Vaccination in Burma 1912-1922 - 1912-1922
Year: 1912
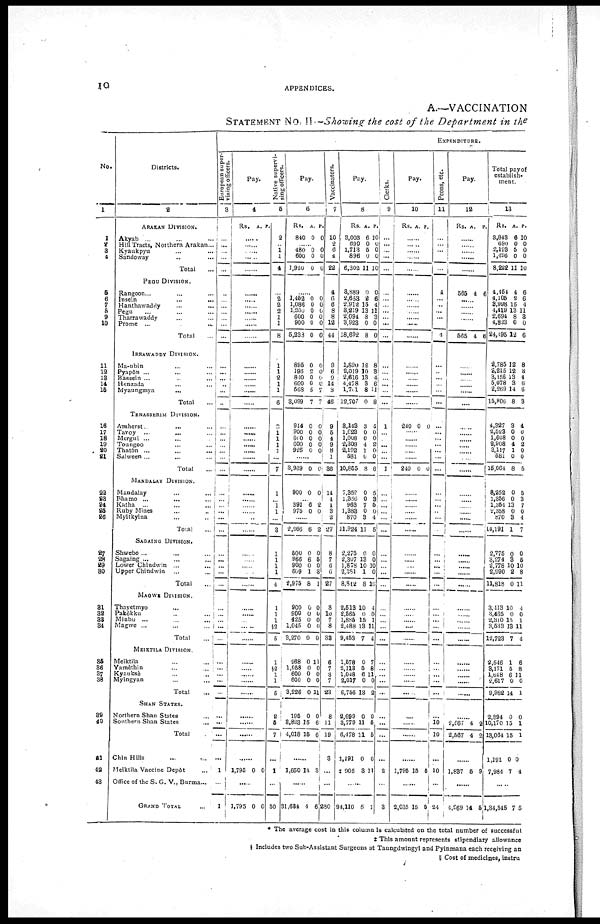
10
APPENDICES.
A.—VACCINATION
STATEMENT No. II—Showing the cost of the Department in the
No.
1
1
2
3 4
5
6
7
8
9 10
11
12
13
14
15
18
17
18
19
20
21
22
23
24
26
26
27
28
29
30
31
32
33
34
35
36
37
33
39
40
41
42
43
Districts.
2
ARAKAN DIVISION.
Akyab... ... ...
Hill Tract, Northern Arakan... ...
Kyaukyu... ... ...
Sandoway... ... ...
Total...
PEGU DIVISION.
Rangoon... ... ... ...
Insein... ... ...
Hanthawaddy...
...
...
Pegu... ... ...
Tharrawaddy... ... ...
Prome ... ... ...
Total...
IRRAWADDY DIVISION.
Ma-ubin... ... ...
Paypôn... ... ...
Bassein... ... ...
Henzada... ... ...
Myaungmya... ... ...
Total...
TENASSERIM DIVISION.
Amherst... ... ...
Tavoy...
...
...
Mergui... ... ...
Toungoo... ... ...
Thatôn ... ... ...
Salween ... ... ... ...
Total... ...
MANDALAY DIVISION.
Mandalay... ... ...
Bhamo... ... ...
Katha... ... ...
Ruby Mines... ...
Myitkyina... ...
Total...
SAGAING DIVISION.
Shwebo ... ... ...
Sagaing ... ... ...
Lower Chindwin ...
Upper Chindwin ...
Total...
MAGWE DIVISION.
Thayetmyo... ...
Pakôkku... ...
Minbu ... ... ...
Magwe ... ... ...
Total...
MEIKTILA DIVISION.
Meiktila... ... ...
Yamèthin... ... ...
Kyauksè... ... ...
Myingyan... ... ...
Total...
SHAN STATES.
Northern Shan States... ...
Southern Shan States... ...
Total...
Chin Hills... ...
Meiktila Vaccine Depôt... ...
Office of the S. G. V., Burma...
GRAND TOTAL...
EXPENDITURE.
European super-
vising officers.
3
...
...
...
...
...
...
...
...
...
...
...
...
...
...
...
...
...
...
...
...
...
...
...
...
...
...
...
...
...
...
...
...
...
...
...
...
...
...
...
...
...
...
...
...
...
...
...
...
...
...
1
...
...
Pay.
4
Rs. A. P.
......
......
......
......
......
......
......
......
......
......
......
......
......
......
......
......
......
......
......
......
......
......
......
......
......
......
......
......
......
......
......
......
......
......
......
......
......
......
......
......
......
......
......
1,795 0 0
......
1,795 0 0
Native supervi-
sing officers.
5
2
......
1
1
4
......
2
2
2
......
1
8
1
1
2
1
1
6
9
1
1
1
1
1
1
1
......
1
1
...
3
1
1
1
1
4
1
1
1
§2
5
1
2
1
1
6
2
5
7
......
1
......
50
Pay.
6
Rs.
840
A.
0
P.
0
......
480
600
1,920
0 0
0
0 0
0
......
1,462
1,086
l,200
600
900
5,233
0 0
0
0
0
0
0
0
0
0 0
0
895
196
810
600
568
3,099
0
2
0
0
5
7
0
0
0
0
7
7
914
900
600
600
925
0
0
0
0 0
0
0
0
0 0
......
3,969 0 0
900 0 0
......
391
975
6
0
9
0
......
2,266 6 2
500
966
900
609
2,975
0
6
0
1
8
0
5
0
8
1
900
900
425
1,045
3,270
0
0
0
0
0
0
0
0
0
0
968
1,068
600
600
3,226
0
0
0
0
0
11
0
0
0
11
195
8,823
4,018
0
15
15
0
6
6
......
1,650 14 3
......
31,634 4 6
Vaccinators.
7
10
2
6
4
22
4
6
6
8
8
12
44
9
6
9
14
8
46
9
5
4
9
8
1
36
14
4
1
3
2
27
8
7
6
6
27
8
10
7
8
38
6
7
3
7
23
8
11
19
3
...
...
280
Pay.
8
Rs.
3,003
690
1,713
896
6,302
A.
6
0
5
0
11
P.
10
0
0
0
10
3,889
2,653
2,912
3,219
2,094
3,923
18,692
0
2
15
13
8
0
8
0
6
4
11
3
0
0
1,890
2,019
2,616
4,478
1,761
12,707
12
10
13
3
8
0
8
3
4
6
11
8
8,143
1,623
1,008
2,308
2,192
581
10,855
3
0
0
4
1
0
8
4
0
0
2
0
0
6
7,352
1,356
968
1,383
870
11,924
0
0
7
0
3
11
5
83
5
0
4
5
2,275
2,307
1,878
2,381
8,842
0
13
10
1
8
0
0
10
0
10
2,513
2,565
1,885
2,488
9,453
10
0
15
13
7
4
0
1
11
4
1,578
2,118
1,048
2,017
6,756
0
5
6
0
13
7
8
11
0
2
2,699
3,779
6,478
1,191
‡ 905
0
11
11
0
3
0
5
5
0
11
......
94,110 5 1
Clerks.
9
...
... ...
...
...
...
...
...
...
...
...
...
...
...
...
...
...
...
1
...
...
...
...
...
1
...
...
...
...
...
...
...
...
...
...
...
...
...
...
...
...
...
...
...
...
...
...
...
...
...
2
...
3
Pay.
10
Rs. A. P.
......
......
......
......
......
......
......
......
......
......
......
......
......
......
......
......
......
......
240 0 0
......
......
......
......
......
210 0 0
......
......
......
......
......
......
......
......
......
......
...
......
......
......
....
......
......
......
......
......
......
......
......
......
......
1,795 15 5
......
2,035 15 5
Peons, etc.
11
...
...
...
...
...
4
... ...
...
...
...
4
...
...
...
...
...
...
...
...
...
...
...
...
...
...
...
...
..
...
...
...
...
...
...
...
...
...
...
...
...
...
...
...
...
...
...
10
10
...
10
...
24
Pay.
12
Rs. A. P.
......
......
......
......
......
565 4 6
......
......
......
......
......
565 4 6
......
......
......
......
......
......
......
......
......
......
......
......
......
......
......
......
......
......
......
......
......
......
......
......
......
......
......
......
......
......
......
......
......
......
2,567
2,567
4
4
2
2
......
1,837 5 9
......
4,969 14 6
Total pay of
establish-
ment.
13
Rs.
3,843
690
2,193
1,496
8,222
A.
6
0
5
0
11
P.
10
0
0
0
10
4,454
4,105
3,998
4,419
2,694
4,823
24,495
4
2
15
13
8
0
12
6
6
4
11
3
0
6
2,785
2,215
3,156
5,078
2,269
15,806
12
12
13
3
14
8
8
3
4
6
6
3
4,327
2,523
1,608
2,908
3,117
581
16,064
3
0
0
4
1
0
8
4
0
0
2
0
0
6
8,252
1,356
1,354
2,358
870
14,191
2,775
3,274
2,778
2,990
11,818
0
0
13
0
3
1
0
3
10
2
0
6
3
7
0
4
7
0
5
10
8
11
3,113
3,465
2,310
3,533
12,723
10
0
15
13
7
4
0
1
11
4
2,546
3,171
1,648
2,617
9,982
1
5
6
0
14
6
8
11
0
1
2,894
10,170
13,064
1,191
7,984
0
15
15
0
7
0
1
1
0
4
......
1,34,545 7
5
* The average cost in this column is calculated on the total number of successful
‡ This amount represents stipendiary allowance
§ Includes two Sub-Assistant Surgeons at Taungdwingyl and Pyinmana each receiving an
|| Cost of medicines, instru